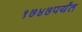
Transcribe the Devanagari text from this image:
१७४७पर्यंत